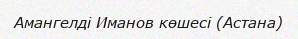
Амангелді Иманов көшесі (Астана)